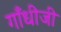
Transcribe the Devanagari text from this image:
गाँधीजी